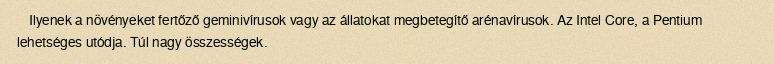
Ilyenek a növényeket fertőző geminivírusok vagy az állatokat megbetegítő arénavírusok. Az Intel Core, a Pentium lehetséges utódja. Túl nagy összességek.